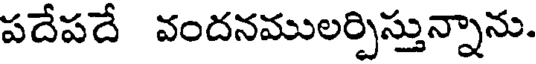
పదేపదే వందనములర్పిస్తున్నాను.